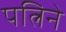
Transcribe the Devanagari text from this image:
पत्निने